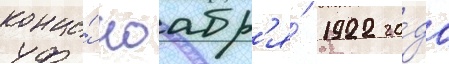
конце́ ноабр'я́ 1922 го́да